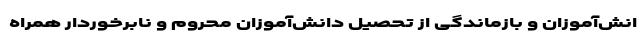
انش‌آموزان و بازماندگی از تحصیل دانش‌آموزان محروم و نابرخوردار همراه